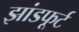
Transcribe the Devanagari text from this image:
झांडफूर्ट